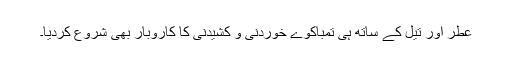
عطر اور تیل کے ساتھ ہی تمباکوے خوردنی و کشیدنی کا کاروبار بھی شروع کردیا۔